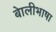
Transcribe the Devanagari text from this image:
बाेलीभाषा